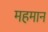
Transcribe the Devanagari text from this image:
महमान